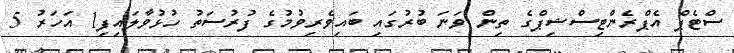
ސްޓެޕް އެޕްރެންޓިސްޝިޕްގެ ތިން ވަނަ ބުރުގައި ބައިވެރިވުމުގެ ފުރުސަތު ހުޅުވާލައިފި1 އަހަރު 5